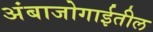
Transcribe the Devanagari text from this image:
अंबाजोगाईतील